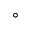
\circ